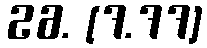
26. [7.77]